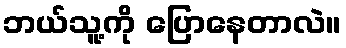
ဘယ်သူ့ကို ပြောနေတာလဲ။